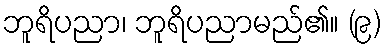
ဘူရိပညာ၊ ဘူရိပညာမည်၏။ (၉)